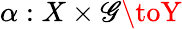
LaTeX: \alpha:X\times\mathscr{G}\toY